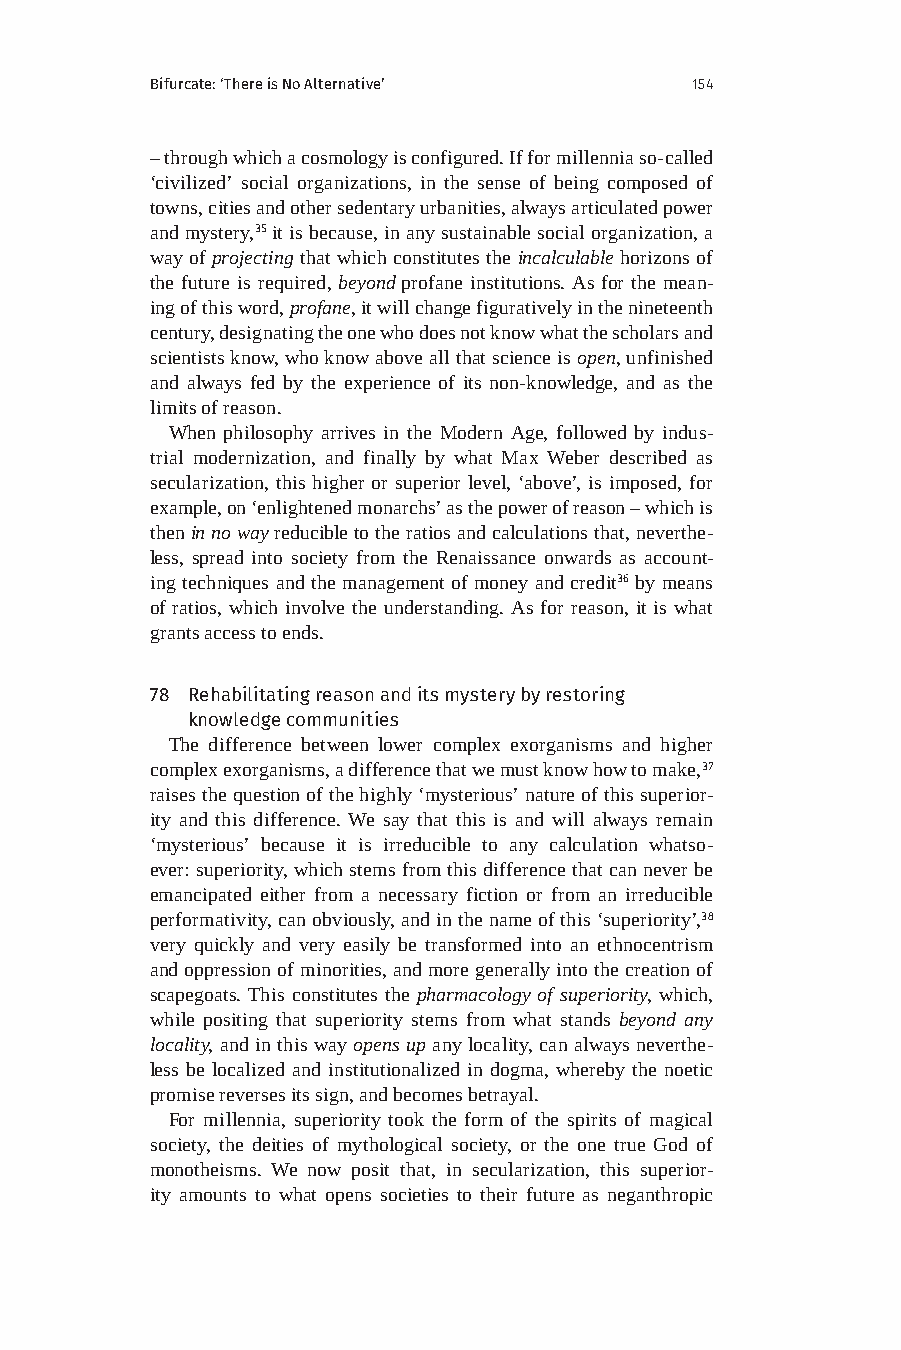
Bifurcate: ‘There is No Alternative’ 154
 – through which a cosmology is configured. If for millennia so-called
 ‘civilized’ social organizations, in the sense of being composed of
 towns, cities and other sedentary urbanities, always articulated power
 and mystery,35 it is because, in any sustainable social organization, a
 way of projecting that which constitutes the incalculable horizons of
 the future is required, beyond profane institutions. As for the mean-
 ing of this word, profane, it will change figuratively in the nineteenth
 century, designating the one who does not know what the scholars and
 scientists know, who know above all that science is open, unfinished
 and always fed by the experience of its non-knowledge, and as the
 limits of reason.
 When philosophy arrives in the Modern Age, followed by indus-
 trial modernization, and finally by what Max Weber described as
 secularization, this higher or superior level, ‘above’, is imposed, for
 example, on ‘enlightened monarchs’ as the power of reason – which is
 then in no way reducible to the ratios and calculations that, neverthe-
 less, spread into society from the Renaissance onwards as account-
 ing techniques and the management of money and credit36 by means
 of ratios, which involve the understanding. As for reason, it is what
 grants access to ends.
 78 Rehabilitating reason and its mystery by restoring
 knowledge communities
 The difference between lower complex exorganisms and higher
 complex exorganisms, a difference that we must know how to make,37
 raises the question of the highly ‘mysterious’ nature of this superior-
 ity and this difference. We say that this is and will always remain
 ‘mysterious’ because it is irreducible to any calculation whatso-
 ever: superiority, which stems from this difference that can never be
 emancipated either from a necessary fiction or from an irreducible
 performativity, can obviously, and in the name of this ‘superiority’,38
 very quickly and very easily be transformed into an ethnocentrism
 and oppression of minorities, and more generally into the creation of
 scapegoats. This constitutes the pharmacology of superiority, which,
 while positing that superiority stems from what stands beyond any
 locality, and in this way opens up any locality, can always neverthe-
 less be localized and institutionalized in dogma, whereby the noetic
 promise reverses its sign, and becomes betrayal.
 For millennia, superiority took the form of the spirits of magical
 society, the deities of mythological society, or the one true God of
 monotheisms. We now posit that, in secularization, this superior-
 ity amounts to what opens societies to their future as neganthropic